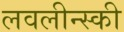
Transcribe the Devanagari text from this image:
लवलीन्स्की